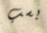
بسب